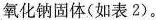
氧化钠固体(如表2)。